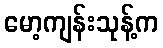
မော့ကျန်းသုန့်က